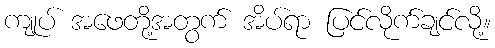
ကျုပ် အဖေတို့အတွက် အိပ်ရာ ပြင်လိုက်ချင်လို့။